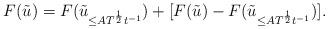
LaTeX: \begin{align*}F(\tilde u) = F(\tilde u_{\leq A T^{\frac12}t^{-1}}) + [F(\tilde u)-F(\tilde u_{\leq A T^{\frac12}t^{-1}})].\end{align*}